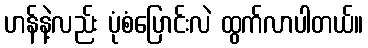
ဟန်နဲ့လည်း ပုံစံပြောင်းလဲ ထွက်လာပါတယ်။